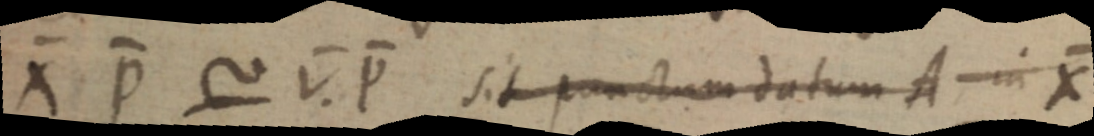
X P ~ V. P sit punctum datum A in X